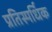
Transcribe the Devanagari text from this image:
प्रतिस्पर्धिक